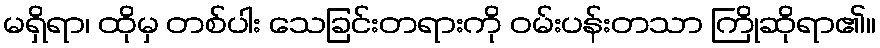
မရှိရာ၊ ထိုမှ တစ်ပါး သေခြင်းတရားကို ဝမ်းပန်းတသာ ကြိုဆိုရာ၏။